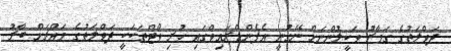
ދަވްލަތުގެ ގަމާރު ވަކީލުންނަށް ނޭގުނީ އެޕެންޑްރައިވްގައި ހުރި ވޯޓްތަކަކީ ދަވްލަތުގެ މައްޗަށް ބާރު